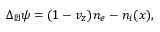
\begin{array} { r } { \Delta _ { \perp } \psi = ( 1 - v _ { z } ) n _ { e } - n _ { i } ( x ) , } \end{array}